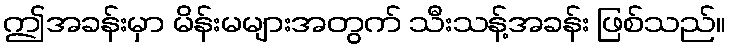
ဤအခန်းမှာ မိန်းမများအတွက် သီးသန့်အခန်း ဖြစ်သည်။